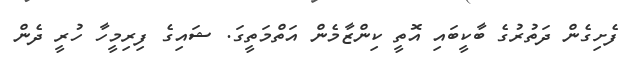
ފެށިގެން ދަތުރުގެ ބާކީބައި އޮތީ ކިންޒާމެން އަތްމަތީގަ. ޝައިގެ ފިރިމީހާ ހުރީ ދެން